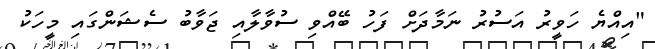
"އިއްޔެ ހަވީރު އަސުރު ނަމާދަށް ފަހު ބޭއްވި ސުވާލާއި ޖަވާބު ސެޝަންގައި މީހަކު